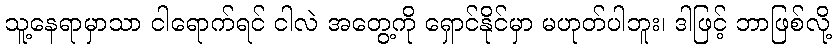
သူ့နေရာမှာသာ ငါရောက်ရင် ငါလဲ အတွေ့ကို ရှောင်နိုင်မှာ မဟုတ်ပါဘူး၊ ဒါဖြင့် ဘာဖြစ်လို့